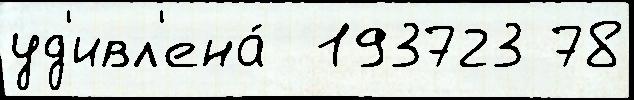
уд'ивл'ена́  193723 78